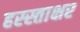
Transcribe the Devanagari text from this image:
हस्स्ताक्षर